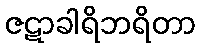
ဇဋာခါရိဘရိတာ